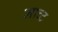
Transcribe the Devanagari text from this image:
माच्ट